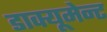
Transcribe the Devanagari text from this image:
डाक्यूमेन्ट